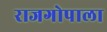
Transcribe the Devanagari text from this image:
राजगोपाला